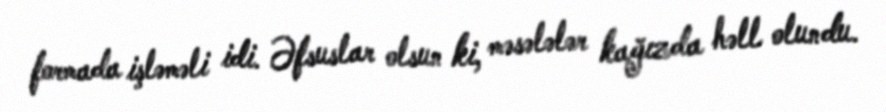
formada işləməli idi. Əfsuslar olsun ki, məsələlər kağızda həll olundu.